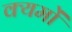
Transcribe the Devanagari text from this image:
क्यमों